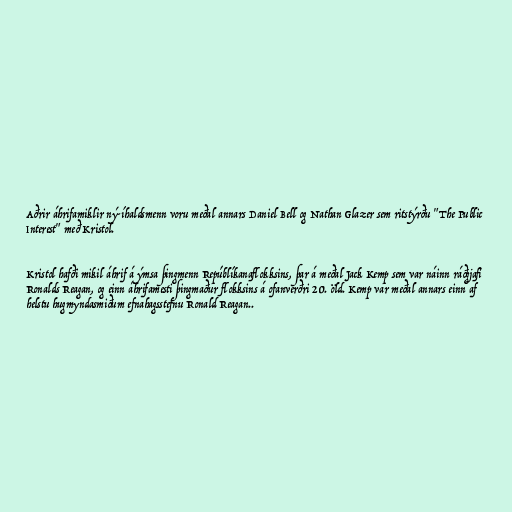
Aðrir áhrifamiklir ný-íhaldsmenn voru meðal annars Daniel Bell og Nathan Glazer sem ritstýrðu "The Public
Interest" með Kristol.

Kristol hafði mikil áhrif á ýmsa þingmenn Repúblíkanaflokksins, þar á meðal Jack Kemp sem var náinn ráðgjafi
Ronalds Reagan, og einn áhrifamesti þingmaður flokksins á ofanverðri 20. öld. Kemp var meðal annars einn af
helstu hugmyndasmiðum efnahagsstefnu Ronald Reagan..